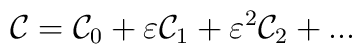
{\cal C}={\cal C}_0+\varepsilon{\cal C}_1+\varepsilon^2{\cal C}_2+...